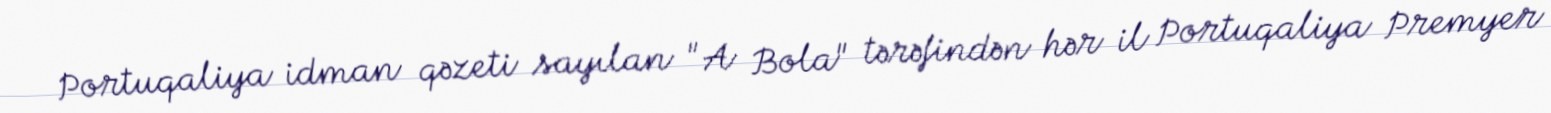
Portuqaliya idman qəzeti sayılan "A Bola" tərəfindən hər il Portuqaliya Premyer